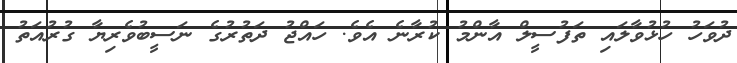
ދުވަހު ހުޅުވާލައި ތަފުސީލް އާންމު ކުރާނެ އެވެ. ހައްޖު ދަތުރުގެ ނަސީބުވެރިޔާ ގުރުއަތު